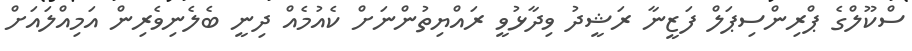
ސްކޫލްގެ ޕްރިންސިޕަލް ފަޒީނާ ރަޝީދު ވިދާޅުވީ ރައްޔިތުންނަށް ކެއުމެއް ދިނީ ބެލެނިވެރިން އަމިއްލައަށް